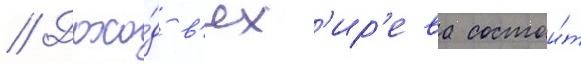
// Дохо́д в'ях'ир'ева состои́т